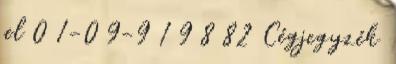
jel 0 1-0 9-9 1 9 8 82 Cégjegyzék